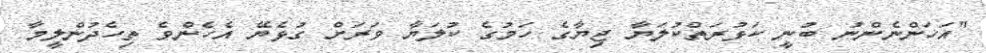
"އަހަންނެންނު ބުނީ ކަޅުރަތްކުލަޔާ ޖިޔާގެ ހަމުގެ ކުލަޔާ ވަރަށް ގުޅެޔޭ އެހެންވެ ތިހެދުންލީމާ